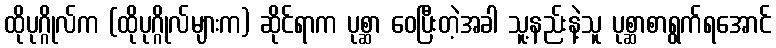
ထိုပုဂ္ဂိုလ်က (ထိုပုဂ္ဂိုလ်များက) ဆိုင်ရာက ပုစ္ဆာ ဝေပြီးတဲ့အခါ သူ့နည်းနဲ့သူ ပုစ္ဆာစာရွက်ရအောင်